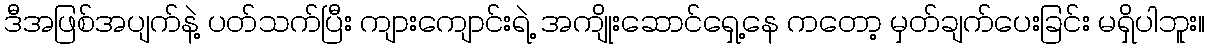
ဒီအဖြစ်အပျက်နဲ့ ပတ်သက်ပြီး ကျားကျောင်းရဲ့ အကျိုးဆောင်ရှေ့နေ ကတော့ မှတ်ချက်ပေးခြင်း မရှိပါဘူး။